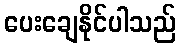
ပေးချေနိုင်ပါသည်